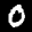
Label: 0